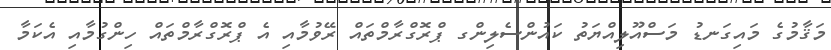
މަޤާމުގެ މައިގަނޑު މަސްއޫލިއްޔަތު ކައުންސެލިންގ ޕްރޮގްރާމްތައް ރޭވުމާއި އެ ޕްރޮގްރާމްތައް ހިންގުމާއި އެކަމާ